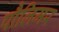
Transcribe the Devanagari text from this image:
पौलिमर